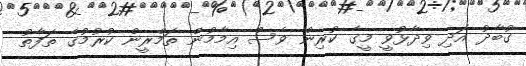
ގުބާދު އަދި ވިދާޅުވީ މީގެ ކުރިން ވެސް އިމާމުން ތަމްރީން ކުރުމުގެ ތަފާތު